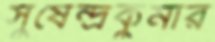
সুষেন্দ্রকুমার